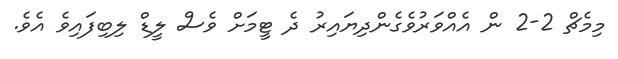
މިމެޗް 2-2 ން އެއްވަރުވެގެންދިޔައިރު ދެ ޓީމަށް ވެސް ލީޑް ލިބިފައިވެ އެވެ.